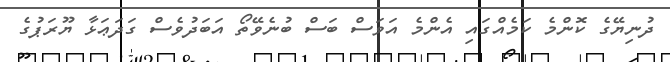
ދުނިޔޭގެ ކޮންމެ ކަމެއްގައި އެންމެ އަވަސް ބަސް ބުނެވޭތޯ އަބަދުވެސް ގަދަޢަޅާ ޔޫރަޕުގެ